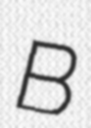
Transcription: B